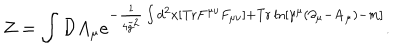
LaTeX: Z = \int { \cal D } A _ { \mu } e ^ { - { \frac { 1 } { 4 { \tilde { g } } ^ { 2 } } } \int d ^ { 2 } x [ \mathrm { T r } F ^ { \mu \nu } F _ { \mu \nu } ] + \mathrm { T r } \ln [ \gamma ^ { \mu } ( \partial _ { \mu } - { \bf A } _ { \mu } ) - m ] } .